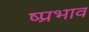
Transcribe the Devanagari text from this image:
ष्प्रभाव